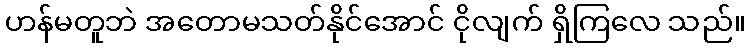
ဟန်မတူဘဲ အတောမသတ်နိုင်အောင် ငိုလျက် ရှိကြလေ သည်။